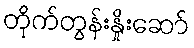
တိုက်တွန်းနှိုးဆော်